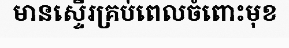
មានស្ទើរគ្រប់ពេលចំពោះមុខ